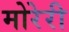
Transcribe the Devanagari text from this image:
मोरेरी